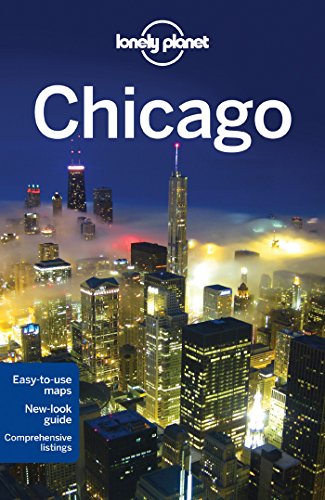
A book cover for Lonely Planet Chicago (Travel Guide); Lonely Planet; Travel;